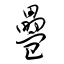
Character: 疉